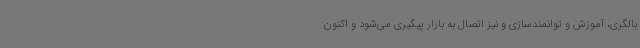
بالگری، آموزش و توانمندسازی و نیز اتصال به بازار پیگیری می‌شود و اکنون